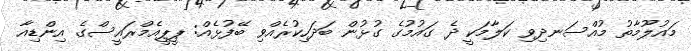
މައުލޫމާތު މުއްސަނދިވި ކަލާމަކީ ދެ ގައުމުގެ ގުޅުން ބަދަހިކުރެއްވި ބޭފުޅެއް: ޕީޕީއެމްރައީސްގެ އިންޑިއާ